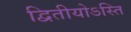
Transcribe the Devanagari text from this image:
द्वितीयोऽस्ति